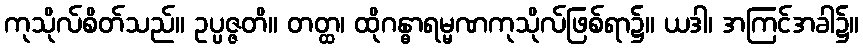
ကုသိုလ်စိတ်သည်။ ဥပ္ပဇ္ဇတိ။ တတ္ထ၊ ထိုဂန္ဓာရမ္မဏကုသိုလ်ဖြစ်ရာ၌။ ယဒါ၊ အကြင်အခါ၌။